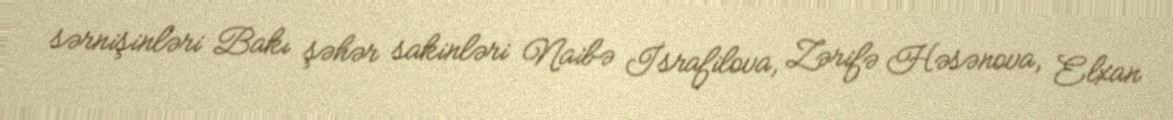
sərnişinləri Bakı şəhər sakinləri Naibə İsrafilova, Zərifə Həsənova, Elxan